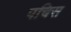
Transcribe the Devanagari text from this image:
पचिस